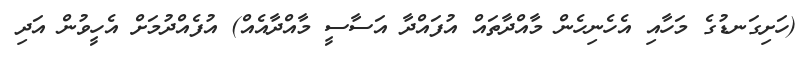
(ހަށިގަނޑުގެ މަހާއި އެހެނިހެން މާއްދާތައް އުފައްދާ އަސާސީ މާއްދާއެއް) އުފެއްދުމަށް އެހީވުން އަދި